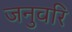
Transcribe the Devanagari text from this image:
जनुवरि